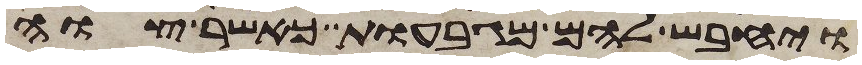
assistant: ויחבש להם מגבעות כאשר צוה